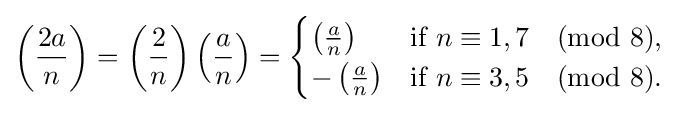
\left({\frac {2a}{n}}\right)=\left({\frac {2}{n}}\right)\left({\frac {a}{n}}\right)={\begin{cases}\left({\frac {a}{n}}\right)&{\text{if }}n\equiv 1,7{\pmod {8}},\\{-\left({\frac {a}{n}}\right)}&{\text{if }}n\equiv 3,5{\pmod {8}}.\end{cases}}